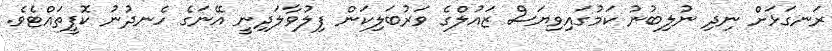
ރަނގަޅަށް ނިދި ނުލިބުނު ކަމުގައިވިޔަސް ޒައުލްގެ ވަރުބަލިކަން ފިލުވާލަދިނީ އޭނަގެ ހެނދުނު ކޮފީތައްޓެވެ.